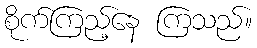
စိုက်ကြည့်နေ ကြသည်။